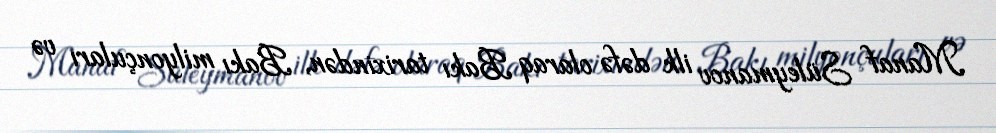
Manaf Süleymanov ilk dəfə olaraq Bakı tarixindən, Bakı milyonçuları və